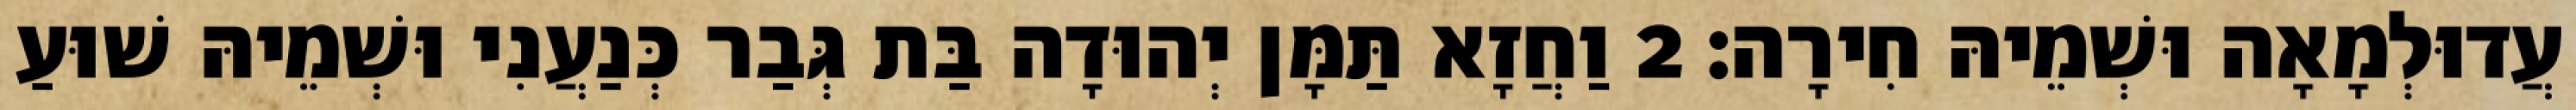
עֲדוּלְמָאָה וּשְׁמֵיהּ חִירָה׃ 2 וַחֲזָא תַּמָּן יְהוּדָה בַּת גְּבַר כְּנַעֲנִי וּשְׁמֵיהּ שׁוּעַ